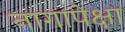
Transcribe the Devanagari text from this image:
नागापेक्षा